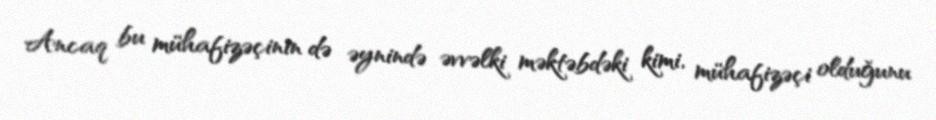
Ancaq bu mühafizəçinin də əynində əvvəlki məktəbdəki kimi, mühafizəçi olduğunu